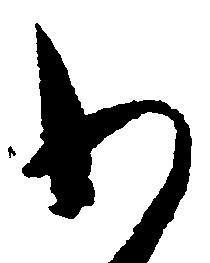
わ